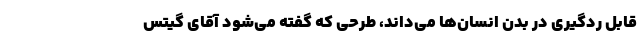
قابل ردگیری در بدن انسان‌ها می‌داند، طرحی که گفته می‌شود آقای گیتس